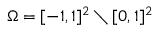
\Omega = [ - 1 , 1 ] ^ { 2 } \setminus [ 0 , 1 ] ^ { 2 }